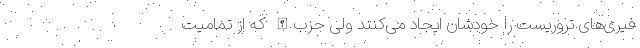
فیری‌های تروریست را خودشان ایجاد می‌کنند ولی حزب‌الله که از تمامیت